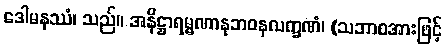
ဒေါမနဿံ၊ သည်။ အနိဋ္ဌာရမ္မဏာနုဘဝနလက္ခဏံ၊ (သဘာဝအားဖြင့်